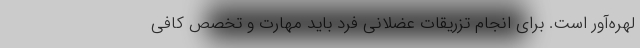
لهره‌آور است. برای انجام تزریقات عضلانی فرد باید مهارت و تخصص کافی